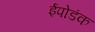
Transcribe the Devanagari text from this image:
ईपोडंक